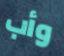
وأب